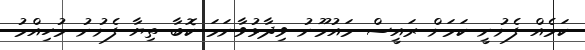
ކަމެއް ފެށުނީ ކަމަށް ރައީސް މައުމޫނު ވިދާޅުވާނަމަ ކޮބާ ތިޔާ ފެށުނު މުހިއްމު